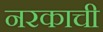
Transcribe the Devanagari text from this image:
नरकाची